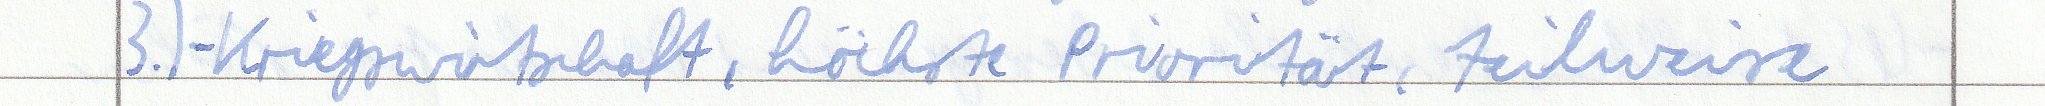
3.) - Kriegswirtschaft, höchste Priorität, teilweise